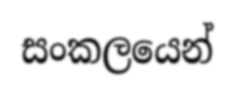
සංකලයෙන්